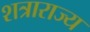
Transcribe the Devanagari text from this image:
शत्राराज्य